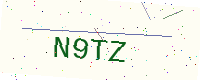
Text: N9TZ